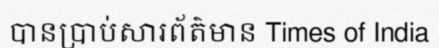
បានប្រាប់សារព័ត៌មាន Times of India